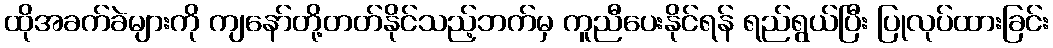
ထိုအခက်ခဲများကို ကျနော်တို့တတ်နိုင်သည့်ဘက်မှ ကူညီပေးနိုင်ရန် ရည်ရွယ်ပြီး ပြုလုပ်ထားခြင်း